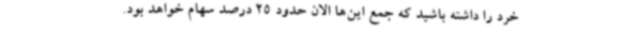
خرد را داشته باشید که جمع این‌ها الان حدود 25 درصد سهام خواهد بود.